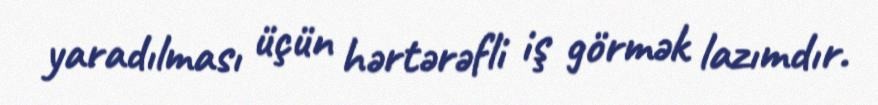
yaradılması üçün hərtərəfli iş görmək lazımdır.